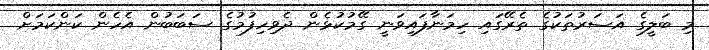
މި ބަލީގެ އަސަރުތަކުގެ ތެރޭގައި ހިމަނާފައިވަނީ ގޭމުކުޅެން ދެވިހިފުމުގެ ސަބަބުން އެހެން ކަންކަމަށް